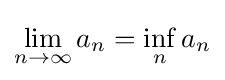
\lim _{n\to \infty }a_{n}=\inf _{n}a_{n}